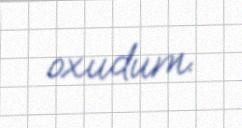
oxudum.